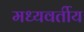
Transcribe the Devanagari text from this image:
मध्यवर्तीय